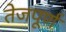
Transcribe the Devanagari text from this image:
तेजपूर्ण